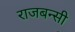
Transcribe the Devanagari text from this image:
राजबन्सी